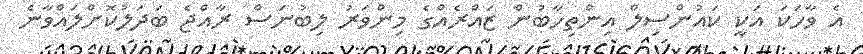
އެ ވާހަކަ އަކީ ކައުންސިލް އިންތިހާބުން ޒައްރެއްގެ މިންވަރު ލިބުނަސް ރާއްޖެ ބަދަލުކޮށްލައްވާނެ